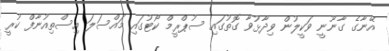
އޭނާގެ ގާނޫނީ ވަކީލުން ވިދާޅުވާ ގޮތުގައި ސުޕްރީމް ކޯޓުގައި މައްސަލަ އިސްތިއުނާފް ކުރީ